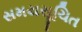
સમયસૂચિત